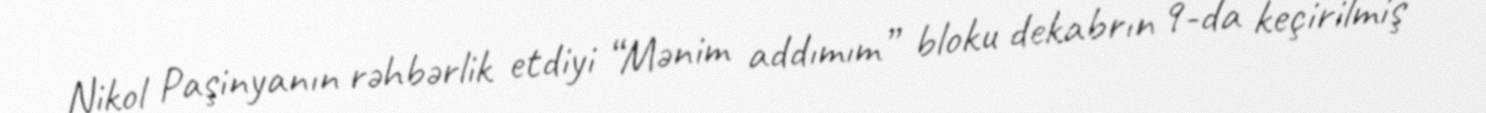
Nikol Paşinyanın rəhbərlik etdiyi “Mənim addımım” bloku dekabrın 9-da keçirilmiş